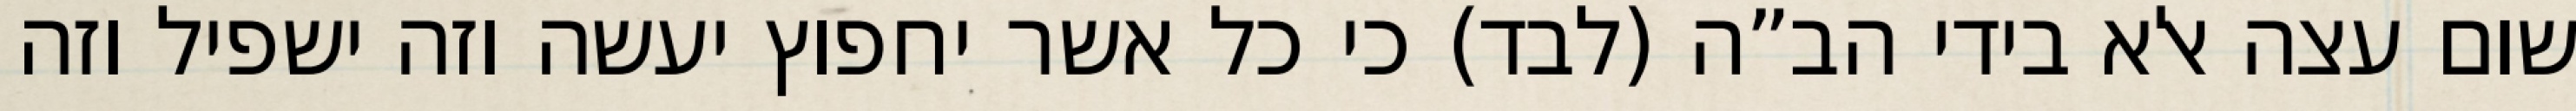
שום עצה אלא בידי הב”ה (לבד) כי כל אשר יחפוץ יעשה וזה ישפיל וזה